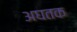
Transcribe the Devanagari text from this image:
अघतक